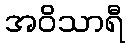
အဝိသာရီ